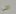
التي